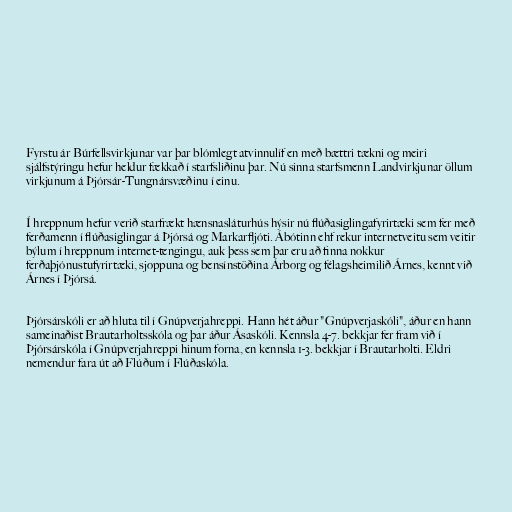
Fyrstu ár Búrfellsvirkjunar var þar blómlegt atvinnulíf en með bættri tækni og meiri
sjálfstýringu hefur heldur fækkað í starfsliðinu þar. Nú sinna starfsmenn Landvirkjunar öllum
virkjunum á Þjórsár-Tungnársvæðinu í einu.

Í hreppnum hefur verið starfrækt hænsnasláturhús hýsir nú flúðasiglingafyrirtæki sem fer með
ferðamenn í flúðasiglingar á Þjórsá og Markarfljóti. Ábótinn ehf rekur internetveitu sem veitir
býlum í hreppnum internet-tengingu, auk þess sem þar eru að finna nokkur
ferðaþjónustufyrirtæki, sjoppuna og bensínstöðina Árborg og félagsheimilið Árnes, kennt við
Árnes í Þjórsá.

Þjórsárskóli er að hluta til í Gnúpverjahreppi. Hann hét áður "Gnúpverjaskóli", áður en hann
sameinaðist Brautarholtsskóla og þar áður Ásaskóli. Kennsla 4-7. bekkjar fer fram við í
Þjórsárskóla í Gnúpverjahreppi hinum forna, en kennsla 1-3. bekkjar í Brautarholti. Eldri
nemendur fara út að Flúðum í Flúðaskóla.